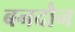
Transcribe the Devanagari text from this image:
बनदौन